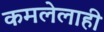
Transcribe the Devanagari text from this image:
कमलेलाही